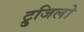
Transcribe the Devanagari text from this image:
ट्रुजिलो